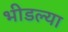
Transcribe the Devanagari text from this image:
भीडल्या